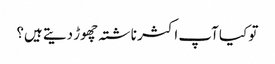
تو کیا آپ اکثر ناشتہ چھوڑ دیتے ہیں؟